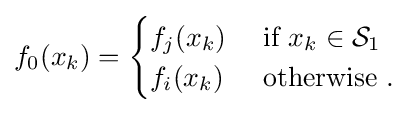
f_{0}(x_{k})={\begin{cases}f_{j}(x_{k})&{\text{ if }}x_{k}\in {\mathcal {S}}_{1}\\f_{i}(x_{k})&{\text{ otherwise }}.\end{cases}}